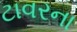
ટાવરના